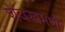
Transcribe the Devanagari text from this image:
शेवखमणी